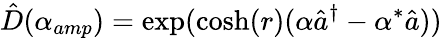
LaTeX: \hat{D}(\alpha_{amp})=\exp(\cosh(r)(\alpha\hat{a}^{\dagger}-\alpha^{*}\hat{a}))